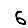
Digit: 6